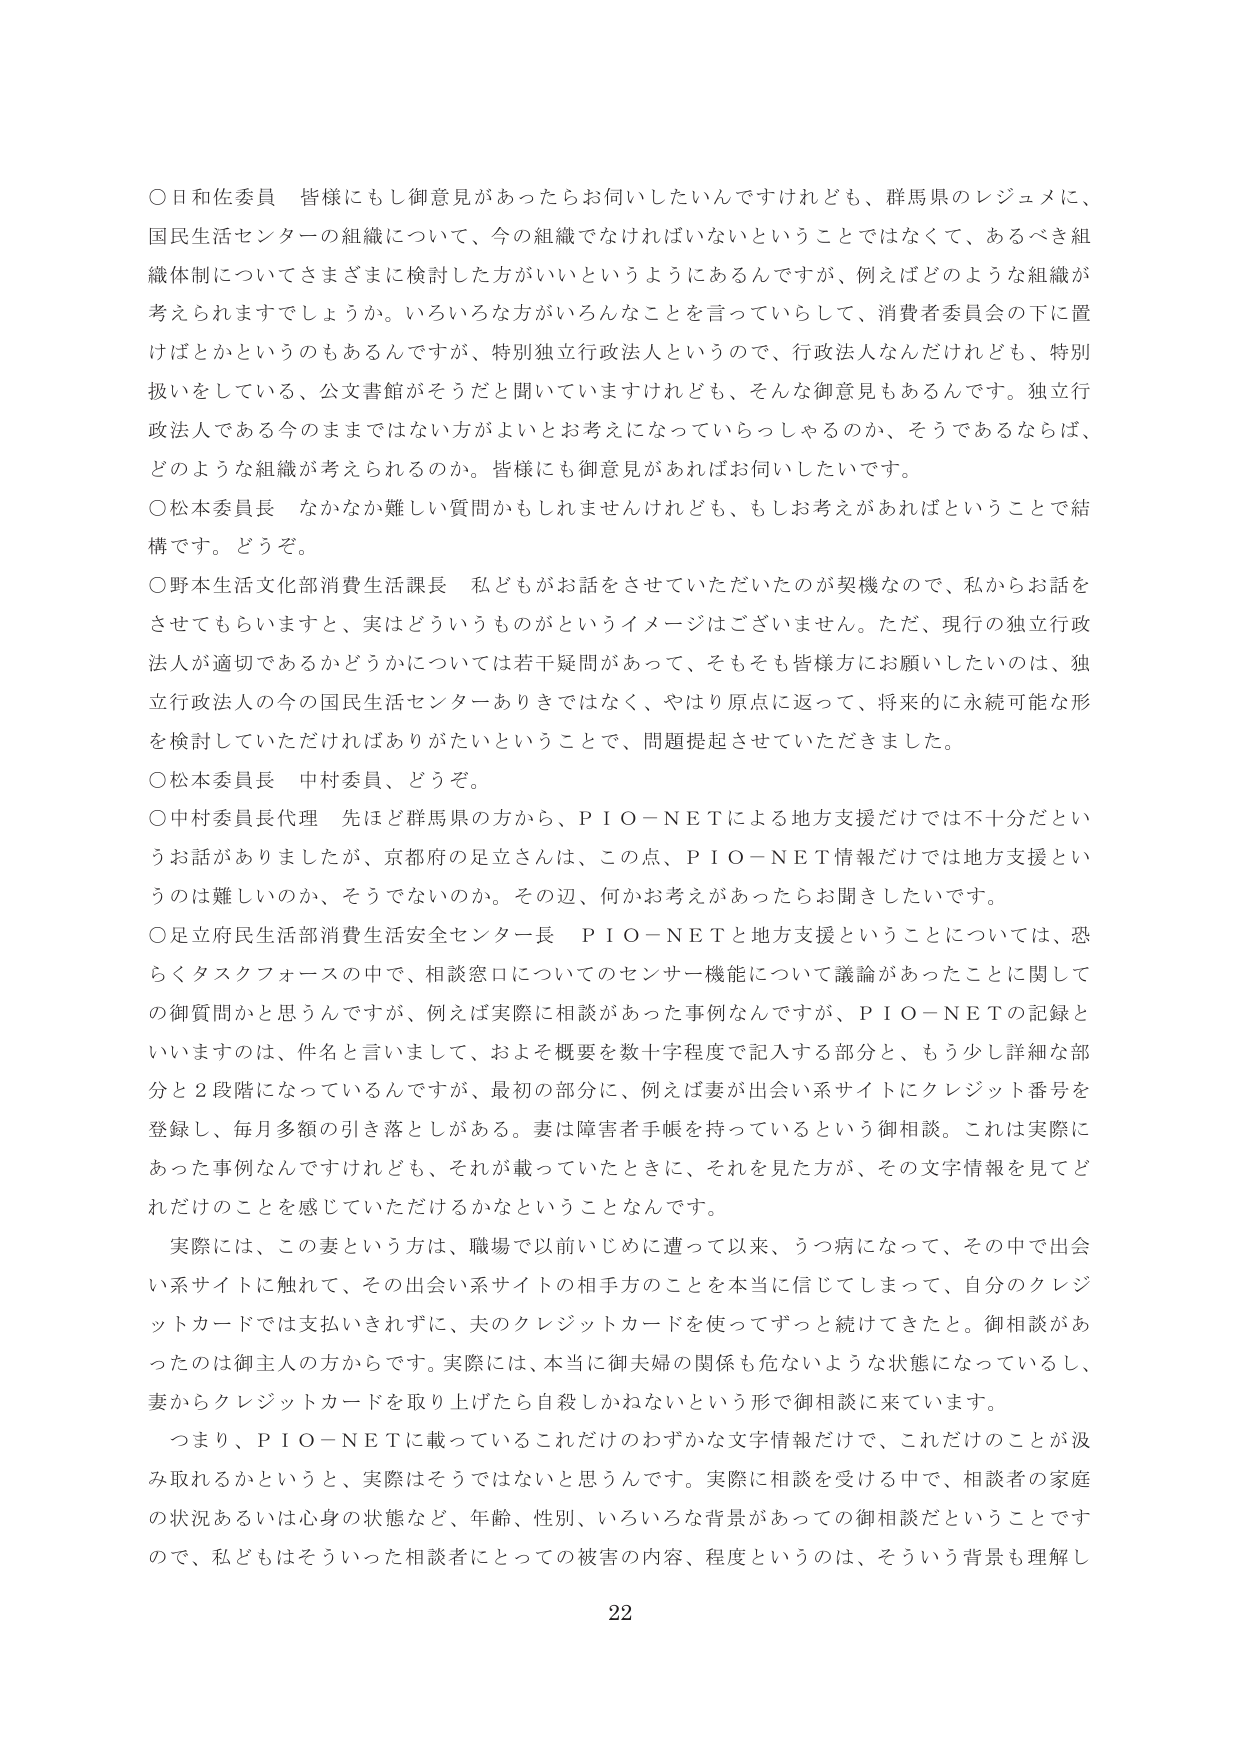
○日和佐委員 皆様にもし御意見があったらお伺いしたいんですけども、群馬県のレジュメに、国民生活センターの組織について、今の組織でなければならないということではなくて、あるべき組織体制についてさまざまに検討した方がいいというようにあるんですが、例えばどのような組織が考えられますでしょうか。いろいろな方がいろんなことを言っていらして、消費者委員会の下に置けばとかというのもあるんですが、特別独立行政法人というので、行政法人なんだけれども、特別扱いをしている、公文書館がそうだとか聞いていますけれども、そんな御意見もあるんです。独立行政法人である今のままではない方がよいとお考えになっていらっしゃるのか、そうであるならば、どのような組織が考えられるのか。皆様にも御意見があればお伺いしたいです。

○松本委員長 なかなか難しい質問かもしれませんけれども、もしお考えがあればということで結構です。どうぞ。

○野本生活文化部消費生活課長 私どもがお話をさせていただいたのが契機なので、私からお話をさせてもらいますと、実はどういうものかというイメージはございません。ただ、現行の独立行政法人が適切であるかどうかについては若干疑問があって、そもそも皆様方にお願いしたいのは、独立行政法人の今の国民生活センターありきではなく、やはり原点に返って、将来的に永続可能な形を検討していただければありがたいということで、問題提起させていただきました。

○松本委員長 中村委員、どうぞ。

○中村委員長代理 先ほど群馬県の方から、ＰＩＯ－ＮＥＴによる地方支援だけでは不十分だというお話がありましたけど、京都府の立足さんは、この点、ＰＩＯ－ＮＥＴ情報だけでは地方支援というのは難しいのか、そうでないのか。その辺、何かお考えがあったらお聞きしたいです。

○足立府民生活部消費生活安全センター長 ＰＩＯ－ＮＥＴと地方支援ということについては、恐らくタスクフォースの中で、相談窓口についてのセンサー機能について議論があったことに関しての御質問かと思うんですが、例えば実際に相談があった事例なんですが、ＰＩＯ－ＮＥＴの記録といいますのは、件名と言いまして、およそ概要を数十字程度で記入する部分と、もう少し詳細な部分と２段階になっているんですが、最初の部分に、例えば妻が出会い系サイトにクレジット番号を登録し、毎月多額の引き落としがある。妻は障害者手帳を持っているという御相談。これは実際にあった事例なんですけれども、それが載っていたときに、それを見た方が、その文字情報を見てどれだけのことを感じていただけるかなということなんです。

実際には、この妻という方は、職場で以前いじめに遭って以来、うつ病になって、その中で出会い系サイトに触れて、その出会い系サイトの相手方のことを本当に信じてしまって、自分のクレジットカードでは支払いきれずに、夫のクレジットカードを使ってずっと続けてきたと。御相談があったのは御主人の方からです。実際には、本当に御夫婦の関係も危ないような状態になっているし、妻からクレジットカードを取り上げたら自殺しかねないという形で御相談に来ています。

つまり、ＰＩＯ－ＮＥＴに載っているこれだけのわずかな文字情報だけで、これだけのことが汲み取れるかというと、実際はそうではないと思うんです。実際に相談を受ける中で、相談者の家庭の状況あるいは心身の状態など、年齢、性別、いろいろな背景があっての御相談だということですので、私どもはそういった相談者にとっての被害の内容、程度というのは、そういう背景も理解し

22